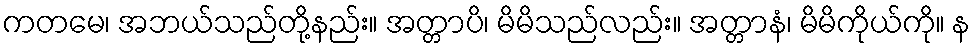
ကတမေ၊ အဘယ်သည်တို့နည်း။ အတ္တာပိ၊ မိမိသည်လည်း။ အတ္တာနံ၊ မိမိကိုယ်ကို။ န